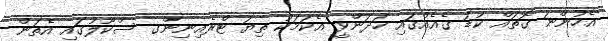
އެހުންނަ ގޮތައް ކުޑަ ގެއެއްގައި ހަދަންވީ އެކަމަކު ތިޔަ ޓްރެއިނިންގ ސްކޫލުގައި އެތަން